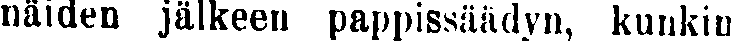
näiden jälkeen pappissäädyn, kunkin